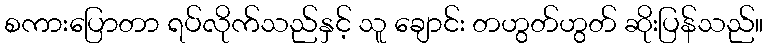
စကားပြောတာ ရပ်လိုက်သည်နှင့် သူ ချောင်း တဟွတ်ဟွတ် ဆိုးပြန်သည်။